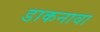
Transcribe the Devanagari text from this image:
डाकनावा